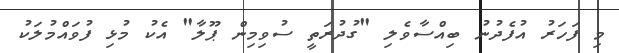
މި ފަހަރު އުފެދުނު ބިއްސާވެލި "ގުދުރަތީ ސުވިމިން ޕޫލާ" އެކު މުޅި ފުވައްމުލަކު